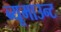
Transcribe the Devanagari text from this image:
ब्यूमाउन्ट